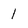
Character: 1